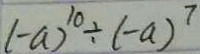
( - a ) ^ { 1 0 } \div ( - a ) ^ { 7 }